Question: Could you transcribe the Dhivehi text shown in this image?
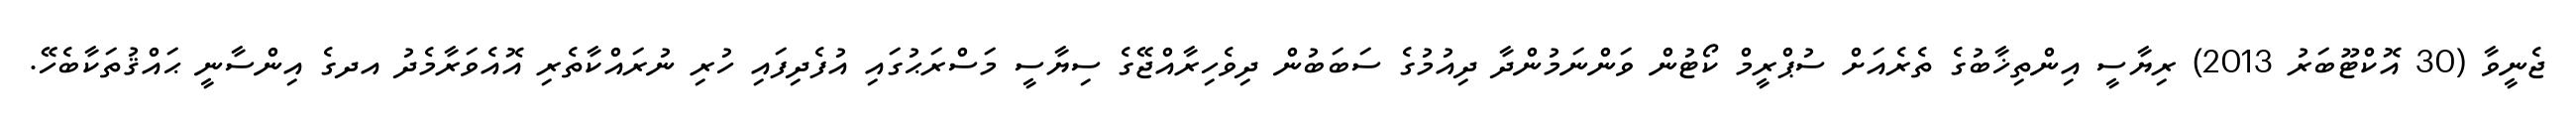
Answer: ޖެނީވާ (30 އޮކްޓޫބަރު 2013) ރިޔާސީ އިންތިޚާބުގެ ތެރެއަށް ސުޕްރީމް ކޯޓުން ވަންނަމުންދާ ދިއުމުގެ ސަބަބުން ދިވެހިރާއްޖޭގެ ސިޔާސީ މަސްރަޙުގައި އުފެދިފައި ހުރި ނުރައްކާތެރި އޮއެވަރާމެދު އދގެ އިންސާނީ ޙައްޤުތަކާބެހޭ.